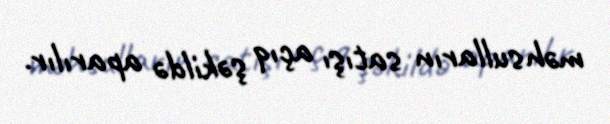
məhsulların satışı açıq şəkildə aparılır.